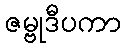
ဇမ္ဗုဒီပကာ